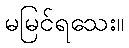
မမြင်ရသေး။